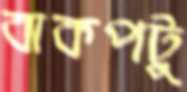
বাকপটু